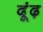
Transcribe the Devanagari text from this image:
दूंढ़